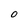
Character: O